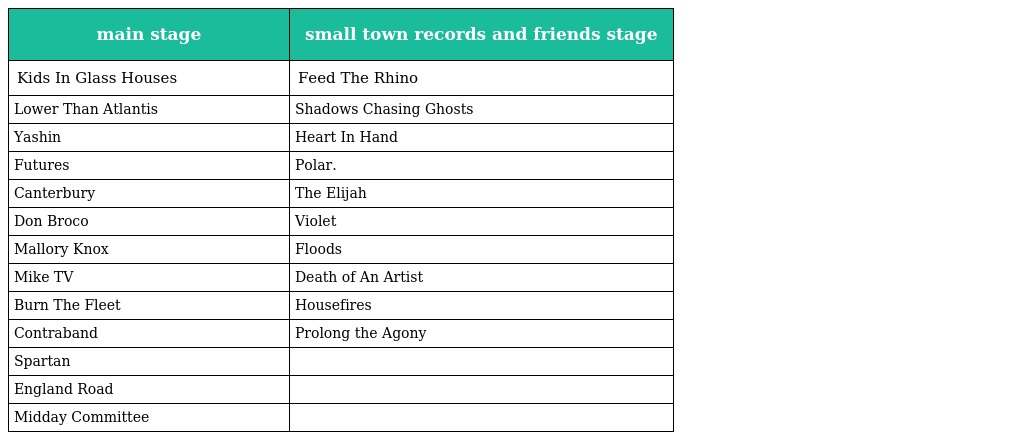
| main stage | small town records and friends stage |
 | --- | --- |
 | Kids In Glass Houses | Feed The Rhino |
 | Lower Than Atlantis | Shadows Chasing Ghosts |
 | Yashin | Heart In Hand |
 | Futures | Polar. |
 | Canterbury | The Elijah |
 | Don Broco | Violet |
 | Mallory Knox | Floods |
 | Mike TV | Death of An Artist |
 | Burn The Fleet | Housefires |
 | Contraband | Prolong the Agony |
 | Spartan |  |
 | England Road |  |
 | Midday Committee |  |